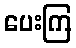
ပေးကြ